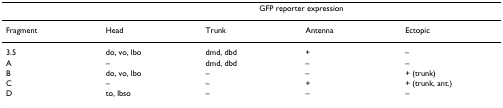
<table><thead><tr><td></td><td colspan="4"><b>GFP reporter expression</b></td></tr></thead><tbody><tr><td>Fragment</td><td>Head</td><td>Trunk</td><td>Antenna</td><td>Ectopic</td></tr><tr><td>3.5</td><td>do, vo, lbo</td><td>dmd, dbd</td><td>+</td><td>–</td></tr><tr><td>A</td><td>–</td><td>dmd, dbd</td><td>–</td><td>–</td></tr><tr><td>B</td><td>do, vo, lbo</td><td>–</td><td>–</td><td>+ (trunk)</td></tr><tr><td>C</td><td>–</td><td>–</td><td>+</td><td>+ (trunk, ant.)</td></tr><tr><td>D</td><td>to, lbso</td><td>–</td><td>–</td><td>–</td></tr></tbody></table>